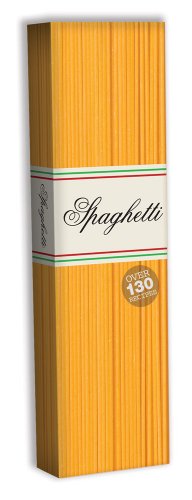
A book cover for Spaghetti: Over 130 Recipes; Carla Bardi; Cookbooks, Food & Wine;